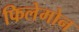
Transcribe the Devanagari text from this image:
फिलेमोन